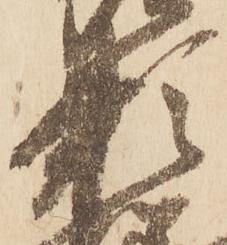
頼